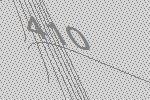
410